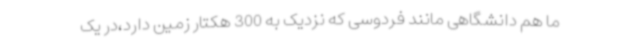
ما هم دانشگاهی مانند فردوسی که نزدیک به 300 هکتار زمین دارد،در یک